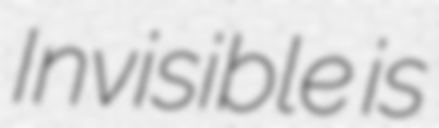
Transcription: Invisible is